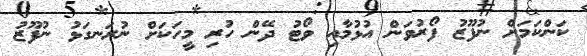
ކަންކަމަށް ނުފޫޒު ފޯރުވަން އުޅުމާއި ވޯޓު ދޭން ހުރި މީހަކަށް ނުރަނގަޅު ނުފޫޒު